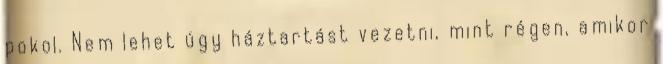
pokol. Nem lehet úgy háztartást vezetni, mint régen, amikor